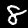
Digit: 8